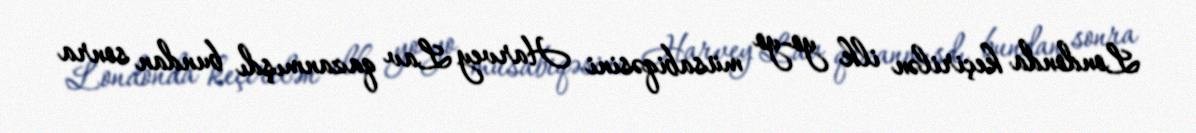
Londonda keçirilən ilk yo-yo müsabiqəsini Harvey Lav qazanmışdı bundan sonra